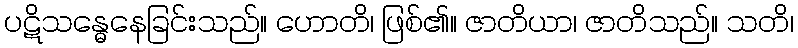
ပဋိသန္ဓေနေခြင်းသည်။ ဟောတိ၊ ဖြစ်၏။ ဇာတိယာ၊ ဇာတိသည်။ သတိ၊